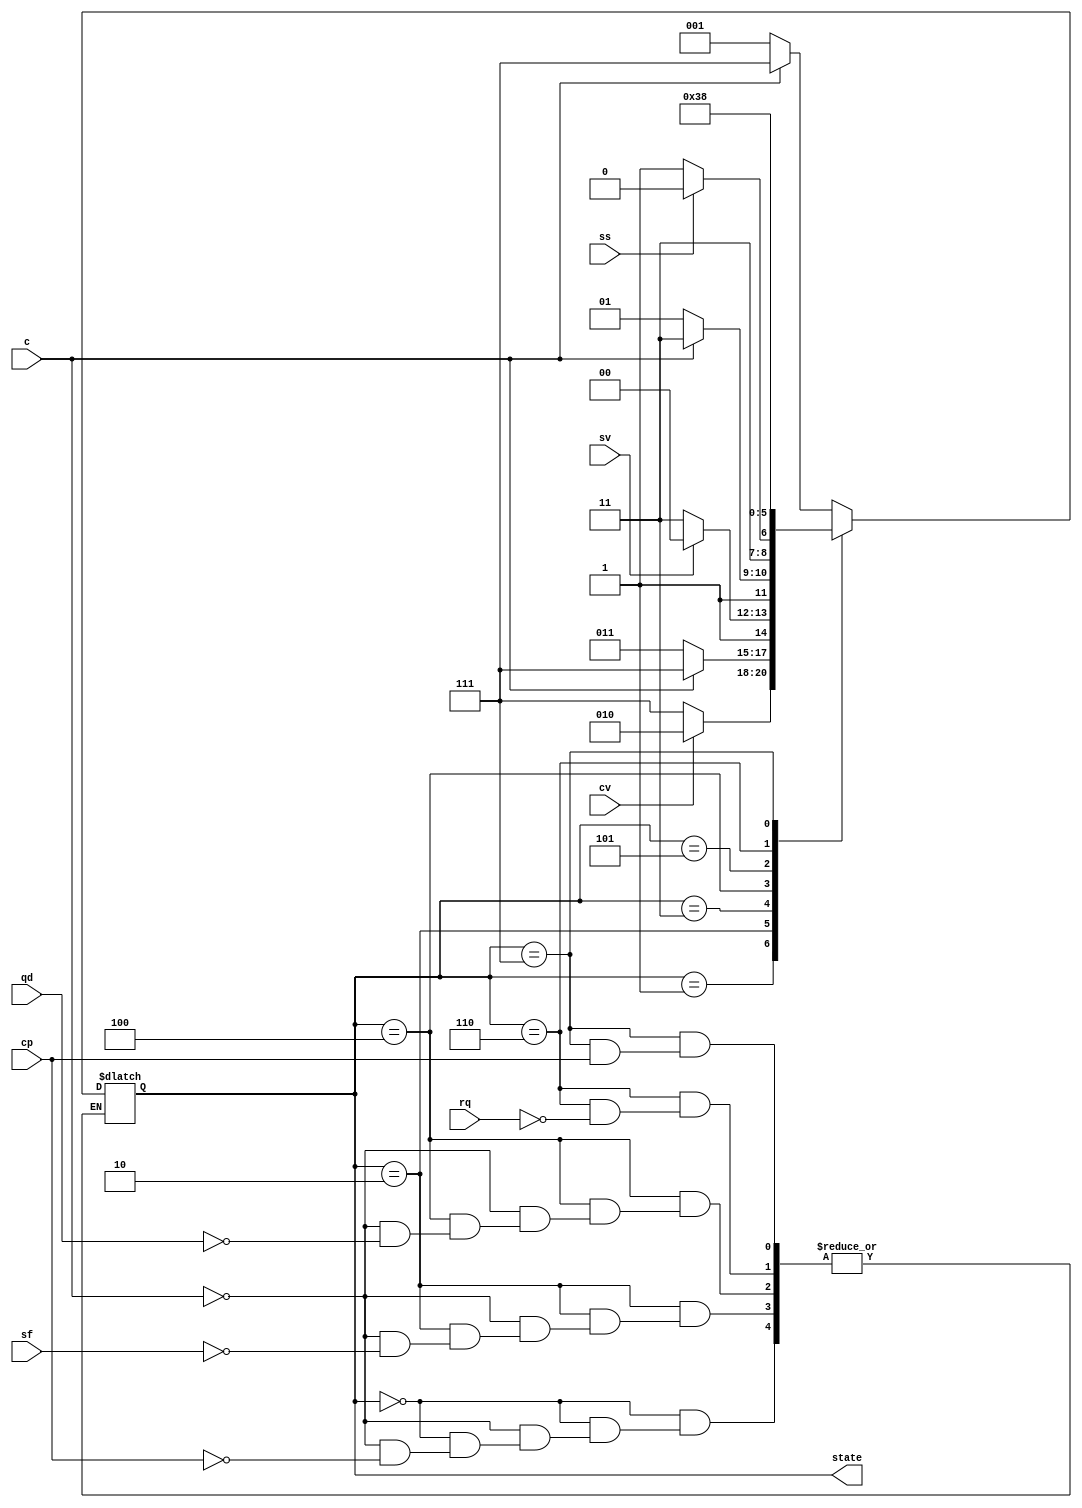
// Solucao do exercicio 6. Caixa eletronico. Eu fiz uma pequena alteracao
// na definicao do exercicio: ao inves de RQ (retirar a quantia) ser
// uma saida da maquina, ela se tornou uma entrada que se torna positiva
// quando o cliente retira o dinheiro. Eu fiz isso porque faz mais sentido
// a maquina liberar o dinheiro (LV) e esperar ate que o cliente retire 
// a quantia (RQ) para prosseguir com o proximo passo. Alem disso, adicionei
// alguns estados internos (IC2, DS2, DQ2) referentes ao processamento das
// acoes do cliente, sendo que a nossa unidade de controle recebe como
// entradas os resultados desses processamentos (cv, sv, ss). Por fim, 
// eu omiti a acao (OF), pois ela sempre aparece entre a retirada do
// cartao (RC) e o estado idle da maquina (IC) e nao cumpre nenhum papel
// particular. Poderia haver um timer que mostra a tela de operacao finalizada
// por alguns segundos antes de mostrar a tela IC.
`timescale 10ps / 1ps
module exercise6 (
  input wire c,
  input wire cp,
  input wire cv,
  input wire sf,
  input wire sv,
  input wire qd,
  input wire ss,
  input wire rq,
  output reg[2:0] state
);

parameter IC = 3'b000, IC2 = 3'b001, DS = 3'b010, DS2 = 3'b011,
          DQ = 3'b100, DQ2 = 3'b101, LV = 3'b110, RC = 3'b111;
			 
always @ (*) begin
  case(state)
    // Inserir cartao.
    IC  : if (c == 1) begin
            state = RC;
          end else if (cp == 1) begin
            state = IC2;
          end
	 // Checar se cartao e valido.
	 IC2 : if (cv == 1) begin
            state = DS;
          end else begin
            state = RC;
          end
	 // Digitar senha.
	 DS  : if (c == 1) begin
            state = RC;
          end else if (sf == 1) begin
            state = DS2;
          end
	 // Checar se a senha e valida.
	 DS2 : if (sv == 1) begin
            state = DQ;
          end else begin
            state = RC;
          end
	 // Digitar quantia.
	 DQ  : if (c == 1) begin
            state = RC;
          end else if (qd == 1) begin
            state = DQ2;
          end
	 // Checar se usuario tem saldo suficiente.
	 DQ2 : if (ss == 1) begin
            state = LV;
          end else begin
            state = RC;
          end
	 // Liberar o valor solicitado.
	 LV  : if (rq == 1) begin
            state = RC;
          end
	 // Retirar cartao.
	 RC  : if (cp == 0) begin
            state = IC;
          end
	 default : state = IC;
  endcase
end

endmodule 

module exercise6tb ();

reg c;
reg cp;
reg cv;
reg sf;
reg sv;
reg qd;
reg ss;
reg rq;
wire[2:0] state;
  
exercise6 e6 (
  .c(c),
  .cp(cp),
  .cv(cv),
  .sf(sf),
  .sv(sv),
  .qd(qd),
  .ss(ss),
  .rq(rq),
  .state(state)
);

initial begin
  c = 0;
  cp = 0;
  cv = 0;
  sf = 0;
  sv = 0;
  qd = 0;
  ss = 0;
  rq = 0;
  
  #5 cp = 1;
  #5 cv = 1;
  #5 sf = 1;
  #5 sv = 1;
  #5 qd = 1;
  #5 ss = 1;
  #5 rq = 1;
  #5 cp = 0;
  
  #10 $finish;
end

endmodule